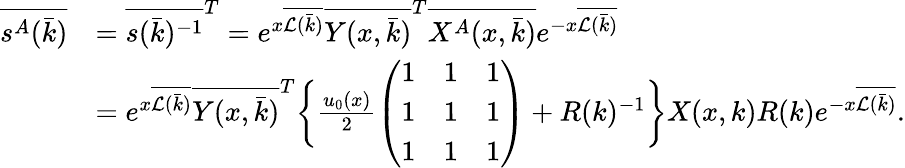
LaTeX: \begin{array}{rl}{\overline{{s^{A}(\bar{k})}}}&{=\overline{{s(\bar{k})^{-1}}}^{T}=e^{x\overline{{\mathcal{L}(\bar{k})}}}\overline{{Y(x,\bar{k})}}^{T}\overline{{X^{A}(x,\bar{k})}}e^{-x\overline{{\mathcal{L}(\bar{k})}}}}\\ &{=e^{x\overline{{\mathcal{L}(\bar{k})}}}\overline{{Y(x,\bar{k})}}^{T}\bigg\{ \frac{u_{0}(x)}{2}\left(\begin{array}{lll}{1}&{1}&{1}\\ {1}&{1}&{1}\\ {1}&{1}&{1}\end{array}\right)+R(k)^{-1}\bigg\} X(x,k)R(k)e^{-x\overline{{\mathcal{L}(\bar{k})}}}.}\end{array}